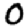
Digit: 0